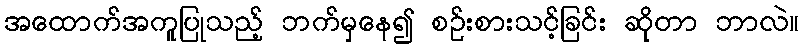
အထောက်အကူပြုသည့် ဘက်မှနေ၍ စဉ်းစားသင့်ခြင်း ဆိုတာ ဘာလဲ။